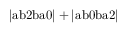
\mathrm { | a b 2 b a 0 | + | a b 0 b a 2 | }